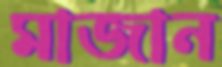
মাজান